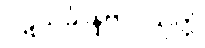
ပဋိသင်္ခါနဗလသုတ္တံ